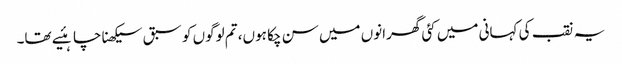
یہ نقب کی کہانی میں کئی گھرانوں میں سن چکا ہوں، تم لوگوں کو سبق سیکھنا چاہئیے تھا۔